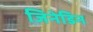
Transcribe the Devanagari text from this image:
जिनेडिन